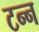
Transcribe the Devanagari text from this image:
टन्न